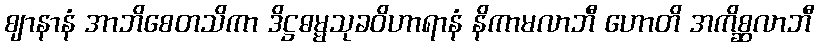
ဈာနာနံ အာဘိစေတသိကာ ဒိဋ္ဌဓမ္မသုခဝိဟာရာနံ နိကာမလာဘီ ဟောတိ အကိစ္ဆလာဘီ